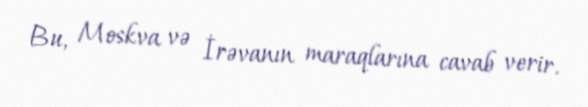
Bu, Moskva və İrəvanın maraqlarına cavab verir.